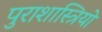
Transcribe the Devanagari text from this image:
पुराशास्त्रियों